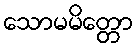
သောမမိတ္တော